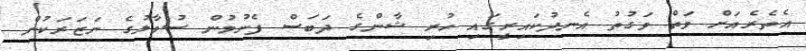
އެތެރެއަށް ވަތް ވަގުތު އެނދުކައިރީގައި ހުރި ޝާންގެ ދަބަސް ފެނުމުން ސުވާލުގެ ނަޒަރަކުން